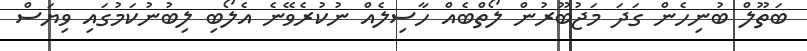
ބަތޫލް ބުނިހެން ގަދަ މަޖުބޫރުން ލޯތްބެއް ހާސިލެއް ނުކުރެވޭނެ އެލޯބި ލިބުނުކަމުގައި ވިޔަސް